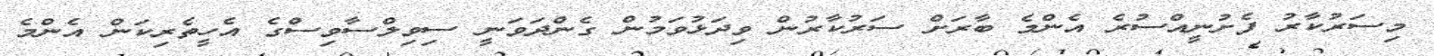
މިސަރުކާރު ފެށުނީއްސުރެ އެންމެ ބާރަށް ސަރުކާރުން ވިދަޅުވަމުން ގެންދަވަނީ ސިވިލްސާވިސްގެ އެހީތެރިކަން އެންމެ